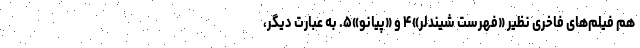
هم فیلم‌های فاخری نظیر «فهرست شیندلر»۴ و «پیانو»۵. به عبارت دیگر،